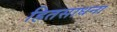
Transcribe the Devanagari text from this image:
हितसाधना